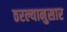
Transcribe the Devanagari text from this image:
ठरल्यानुसार